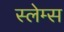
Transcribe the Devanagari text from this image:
स्लेम्स